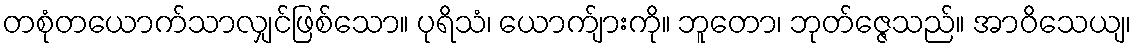
တစုံတယောက်သာလျှင်ဖြစ်သော။ ပုရိသံ၊ ယောက်ျားကို။ ဘူတော၊ ဘုတ်ဇ္ဇေသည်။ အာဝိသေယျ၊